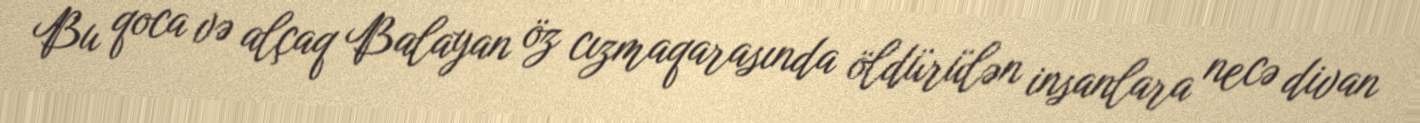
Bu qoca və alçaq Balayan öz cızmaqarasında öldürülən insanlara necə divan